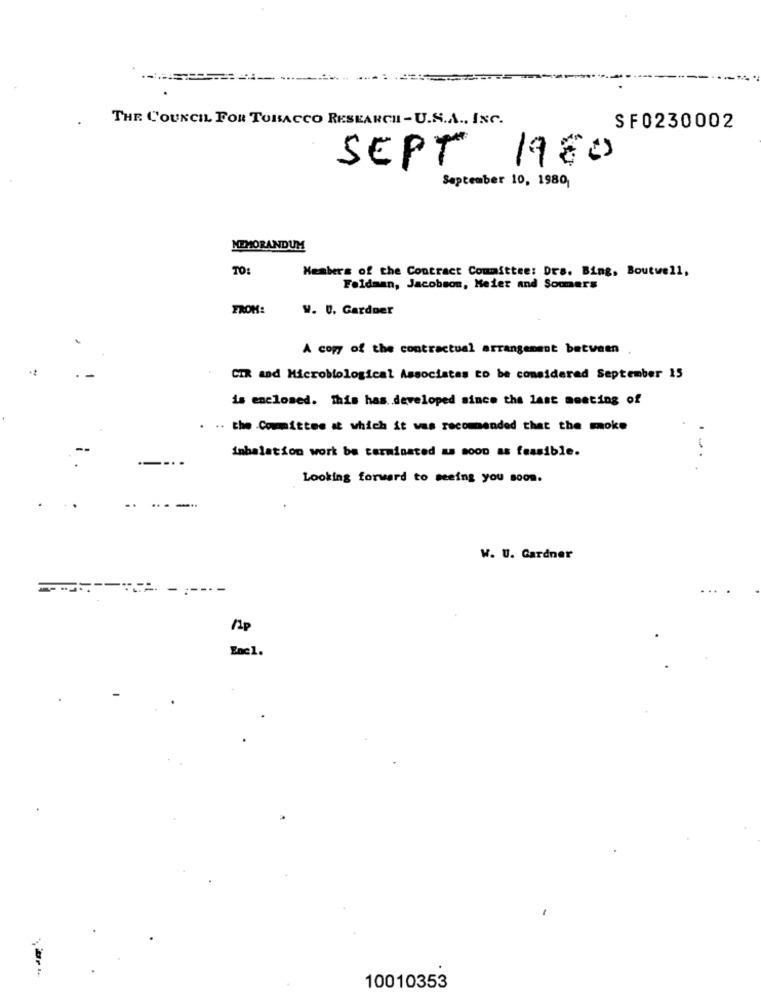
THE COUNCIL FOR TOBACCO RESEARCH -U.S.A ., INC.
SF0230002
SEPT 1980
September 10, 1980
MEMORANDUM
TO:
Members of the Contract Committee: Drs. Bing, Boutwell,
Feldman, Jacobsom, Meier and Sommers
FROM:
W. 0. Gardner
A copy of the contractual arrangement between
-2
CIR and Microblological Associates to be considered September 15
is enclosed. This has developed since the last meeting of
. .. the Committee at which it was recommended that the moke
inhalation work be terminated as soon as feasible.
Looking forward to seeing you soon.
W. U. Gardner
/p
Enc1.
10010353